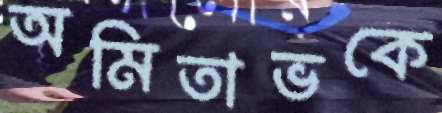
অমিতাভকে